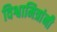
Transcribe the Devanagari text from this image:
विश्वामित्रांनी